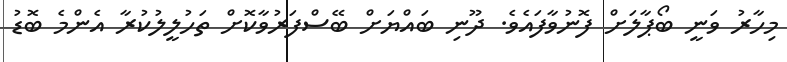
މިހާރު ވަނީ ބޯޕާލަށް ފޮނުވާފައެވެ. ދޫނި ބައްޔަށް ބޭސްފަރުވާކޮށް ތަހުލީލުކުރާ އެންމެ ބޮޑު